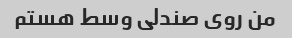
من روی صندلی وسط هستم